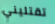
تقتليني